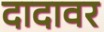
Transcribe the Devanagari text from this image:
दादावर